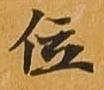
位